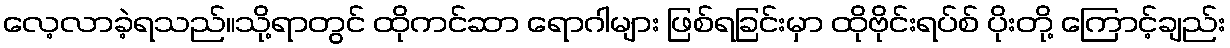
လေ့လာခဲ့ရသည်။သို့ရာတွင် ထိုကင်ဆာ ရောဂါများ ဖြစ်ရခြင်းမှာ ထိုဗိုင်းရပ်စ် ပိုးတို့ ကြောင့်ချည်း